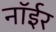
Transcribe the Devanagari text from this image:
नॉईर